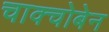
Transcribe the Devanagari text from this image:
चाक्चोबेन